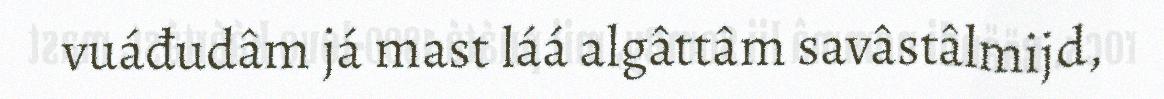
vuáđudâm já mast láá algâttâm savâstâlmijd,